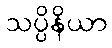
သပ္ပိနိယာ